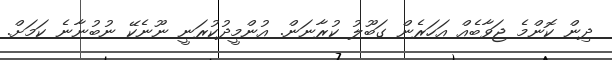
ދިން ކޮންމެ ޖަވާބެއް އަހަރެން ގަބޫލު ކުރާނަން. އުންމީދުކުރަނީ ނޫނެކޭ ނުބުނާނެ ކަމަށް.